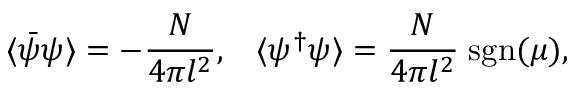
\langle \bar { \psi } \psi \rangle = - \frac { N } { 4 \pi l ^ { 2 } } , \; \; \; \langle \psi ^ { \dagger } \psi \rangle = \frac { N } { 4 \pi l ^ { 2 } } \; \mathrm { s g n } ( \mu ) ,